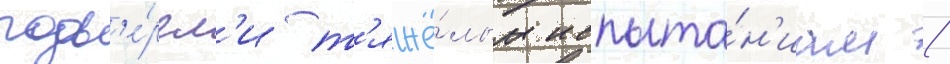
подв'е́ргл'и т'яжё́лым испыта́н'иам /